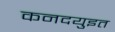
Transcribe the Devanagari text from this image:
कनदयुइत